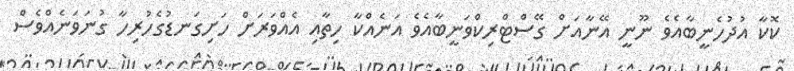
ކޮކާ އުދުހެނީބާއެވެ ނޫނީ އޭނާއަށް ގޭސްޓްރިކްވަނީބާއެވެ އަނެއްކާ ހިތާއި އެއްވަރަށް ހަށިގަނޑުގެހުރިހާ ގުނަވަނެއްވެސް